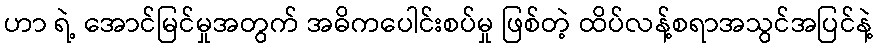
ဟာ ရဲ့ အောင်မြင်မှုအတွက် အဓိကပေါင်းစပ်မှု ဖြစ်တဲ့ ထိပ်လန့်စရာအသွင်အပြင်နဲ့